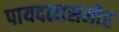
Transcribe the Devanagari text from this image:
पायदळासमोर